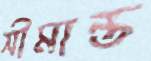
সীমান্ত